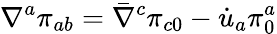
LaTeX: \nabla^{a}\pi_{ab}=\bar{\nabla}^{c}\pi_{c0}-\dot{u}_{a}\pi_{0}^{a}